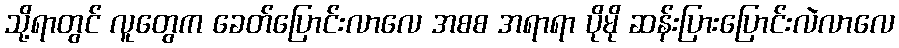
သို့ရာတွင် လူတွေက ခေတ်ပြောင်းလာလေ အစစ အရာရာ ပိုမို ဆန်းပြားပြောင်းလဲလာလေ